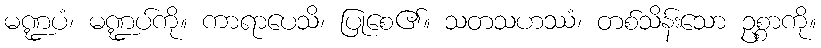
မဏ္ဍပံ၊ မဏ္ဍပ်ကို။ ကာရာပေသိ၊ ပြုစေ၏။ သတသဟဿံ၊ တစ်သိန်းသော ဥစ္စာကို။